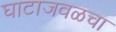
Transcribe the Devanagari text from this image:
घाटाजवळचा